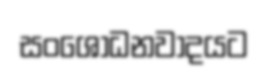
සංශෝධනවාදයට